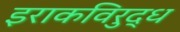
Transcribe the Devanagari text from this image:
इराकविरुद्ध